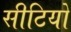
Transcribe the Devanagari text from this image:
सीटियों